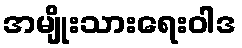
အမျိုးသားရေးဝါဒ